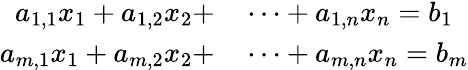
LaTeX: \begin{array}{rl}{a_{1,1}x_{1}+a_{1,2}x_{2}+}&{{}\cdots+a_{1,n}x_{n}=b_{1}}\\ {a_{m,1}x_{1}+a_{m,2}x_{2}+}&{{}\cdots+a_{m,n}x_{n}=b_{m}}\end{array}